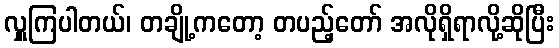
လှူကြပါတယ်၊ တချို့ကတော့ တပည့်တော် အလိုရှိရာလို့ဆိုပြီး